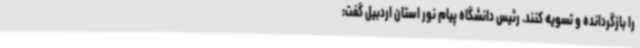
را بازگردانده و تسویه کنند. رئیس دانشگاه پیام نور استان اردبیل گفت: